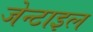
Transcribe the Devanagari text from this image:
जेन्टाइल